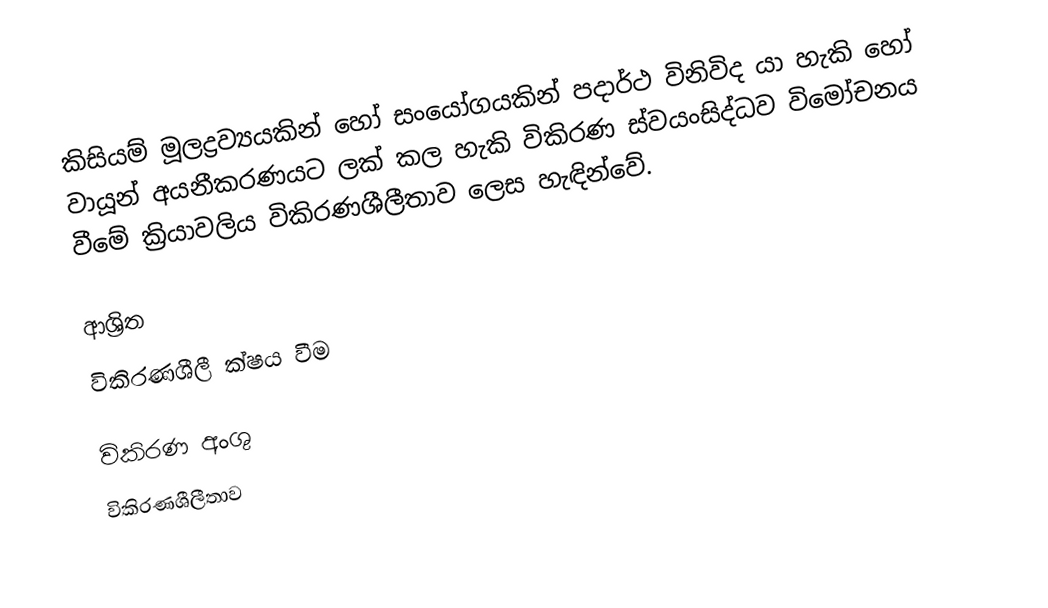
කිසියම් මූලද්‍රව්‍යයකින් හෝ සංයෝගයකින් පදාර්ථ විනිවිද යා හැකි හෝ වායූන් අයනීකරණයට ලක් කල හැකි විකිරණ ස්වයංසිද්ධව විමෝචනය වීමේ ක්‍රියාවලිය  විකිරණශීලීතාව ලෙස හැඳින්වේ.

ආශ්‍රිත
 විකිරණශීලී ක්ෂය වීම

විකිරණ අංශු
විකිරණශීලීතාව